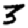
Digit: 3